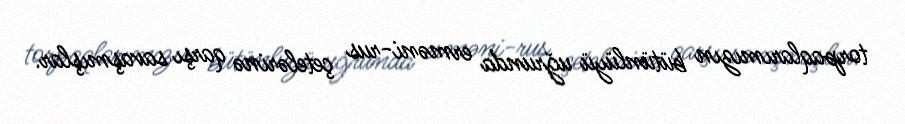
torpaqlarımızın bütünlüyü uğrunda erməni-rus çetelərinə qarşı savaşmışlar.